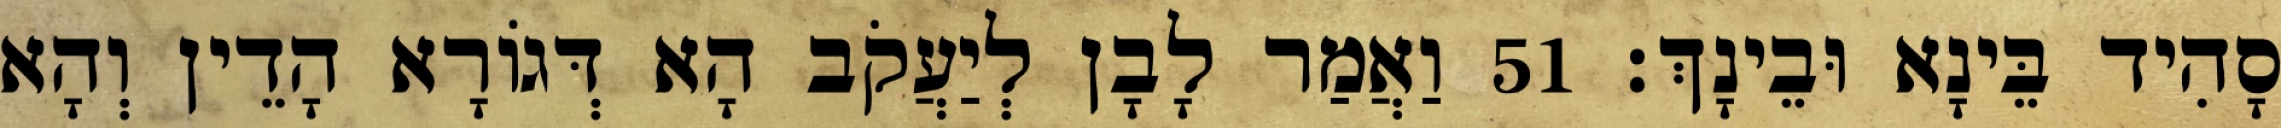
סָהִיד בֵּינָא וּבֵינָךְ׃ 51 וַאֲמַר לָבָן לְיַעֲקֹב הָא דְּגוֹרָא הָדֵין וְהָא